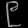
Digit: ၉